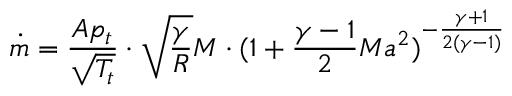
{ \dot { m } } = { \frac { A p _ { t } } { \sqrt { T _ { t } } } } \cdot { \sqrt { \frac { \gamma } { R } } } M \cdot ( 1 + { \frac { \gamma - 1 } { 2 } } M a ^ { 2 } ) ^ { - { \frac { \gamma + 1 } { 2 ( \gamma - 1 ) } } }